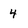
Character: 4